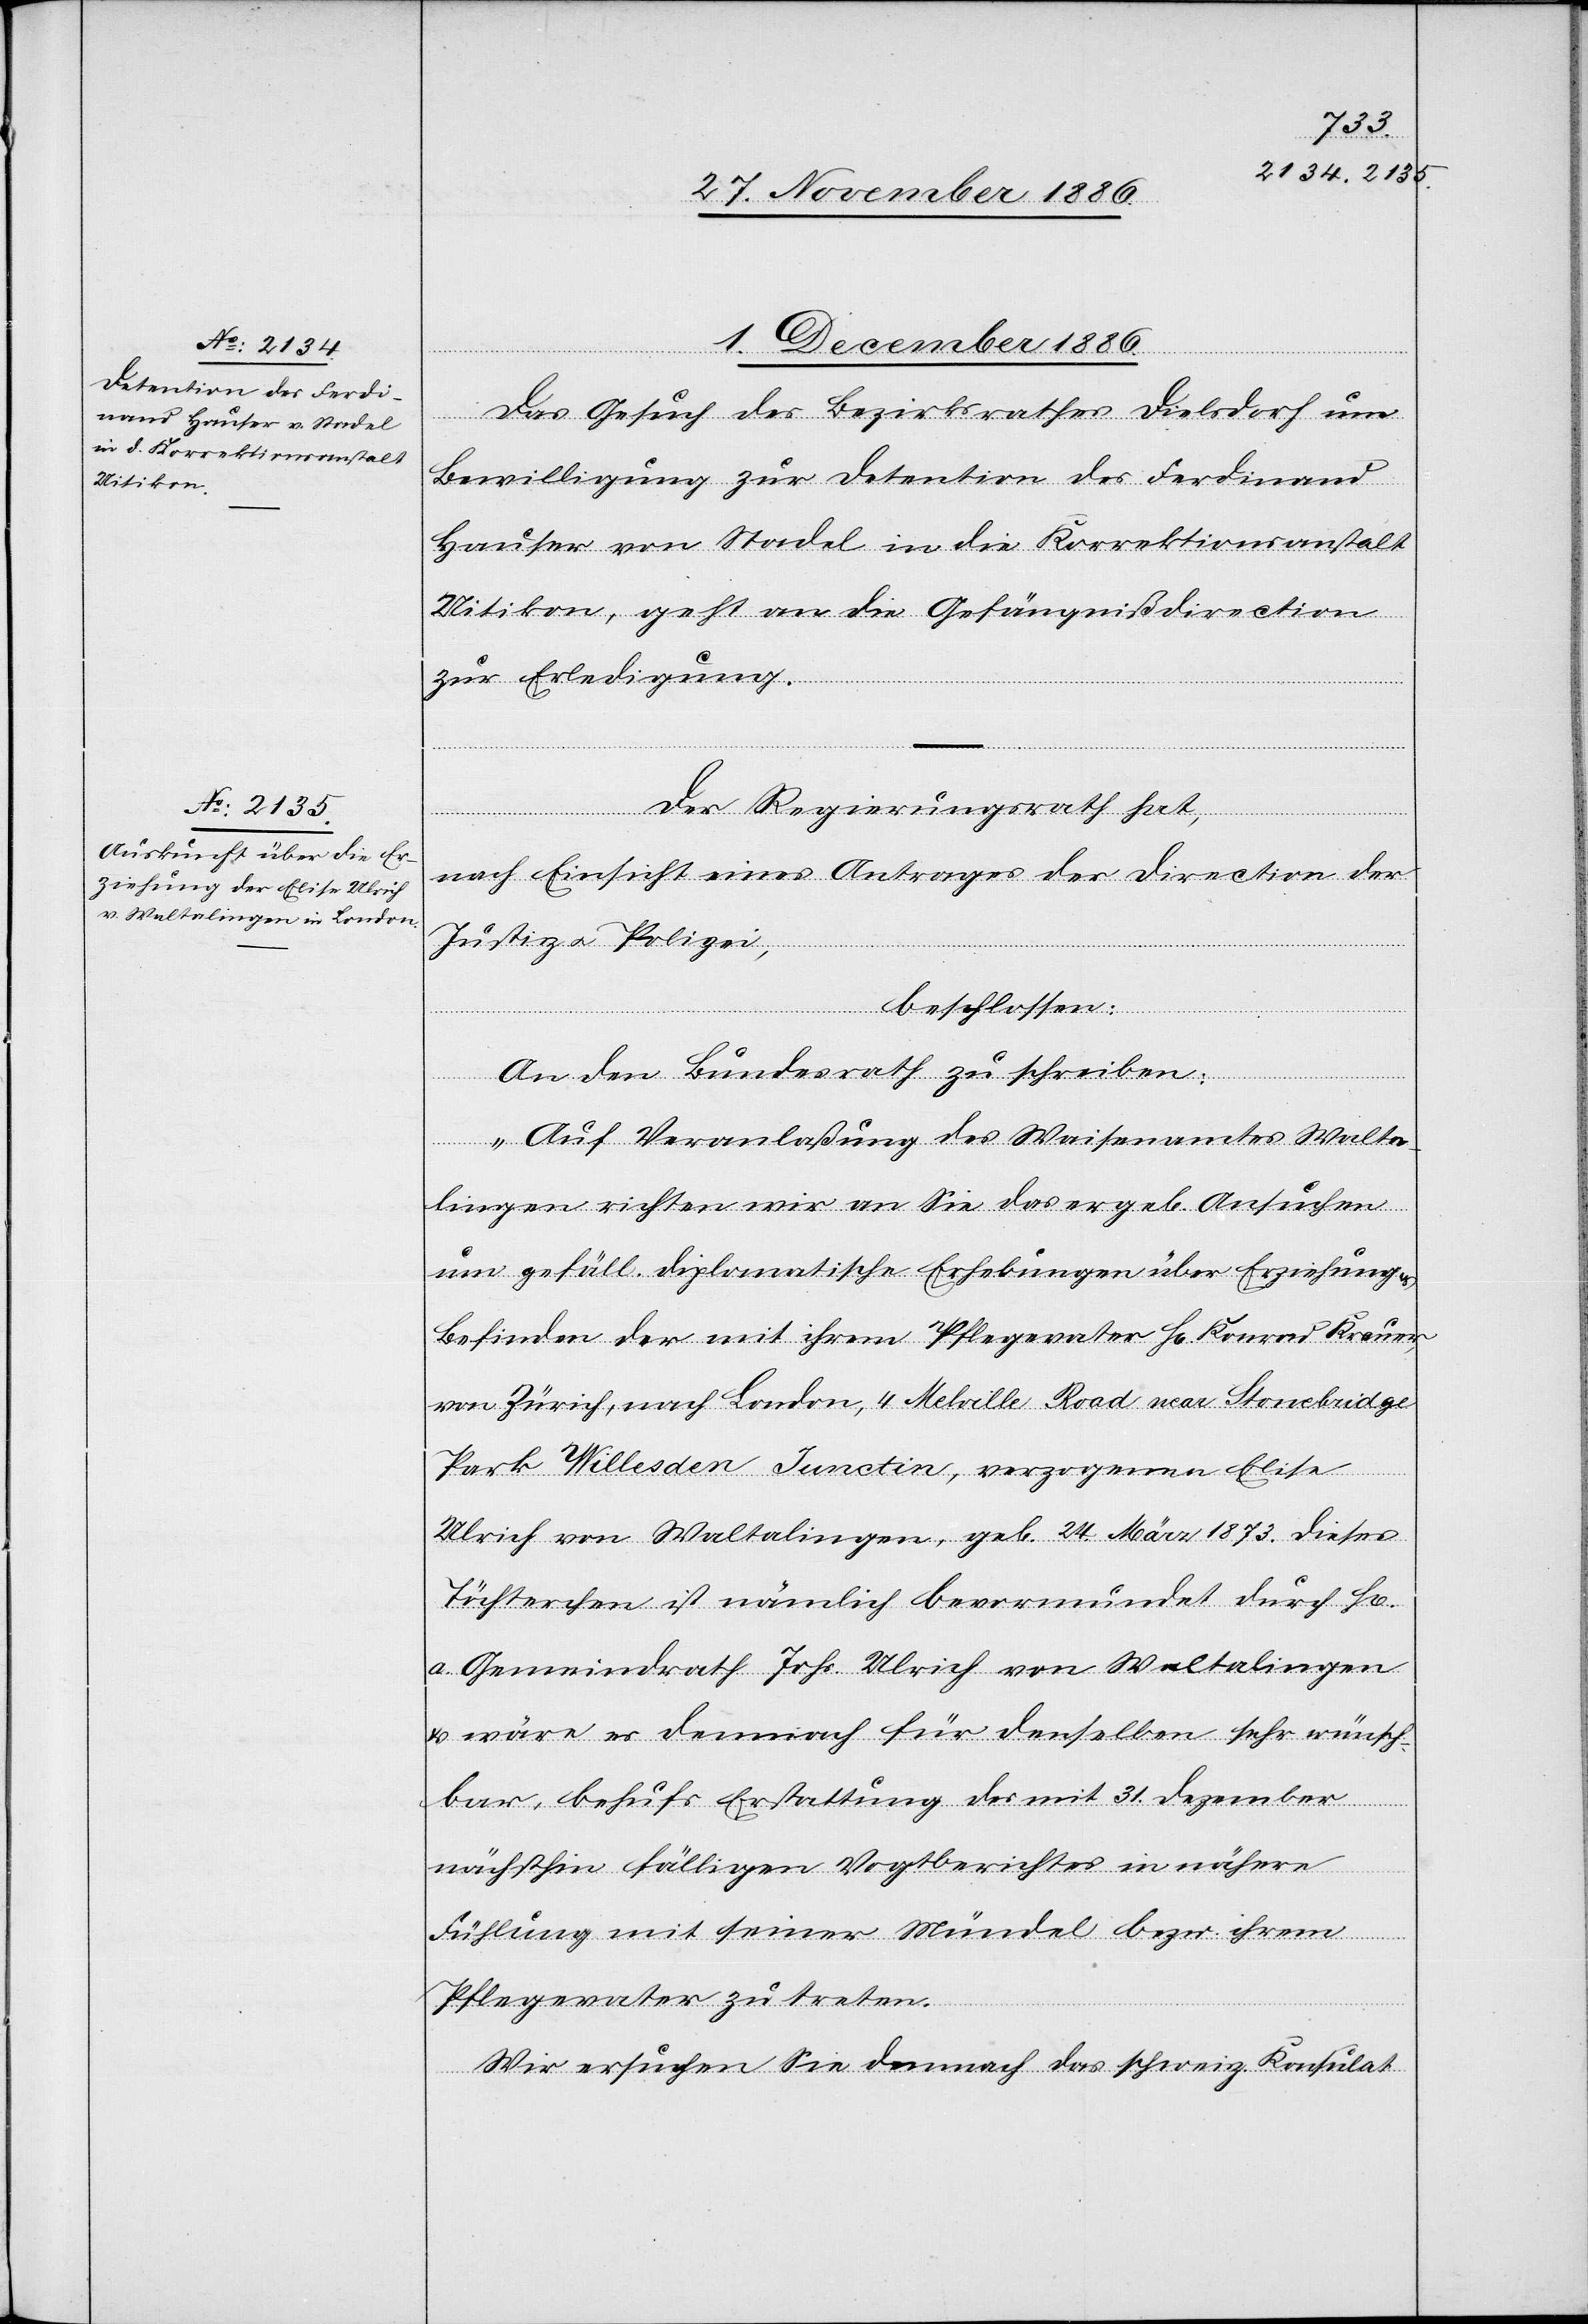
1. December 1886.]
Das Gesuch des Bezirksrathes Dielsdorf um
Bewilligung zur Detention des Ferdinand
Hauser von Stadel in die Korrektionsanstalt
Uitikon, geht an die Gefängnißdirection
zur Erledigung.
Der Regierungsrath hat,
nach Einsicht eines Antrages der Direction der
Justiz & Polizei,
beschlossen:
An den Bundesrath zu schreiben:
rrn]
„Auf Veranlaßung des Waisenamtes Walta¬
lingen richten wir an Sie das ergeb. Ansuchen
um gefäll. diplomatische Erhebungen über Erziehung
Befinden der mit ihrem Pflegevater H[errn] Konrad Krauer,
von Zürich, nach London, 4 Melville Road near Stonebridge
Park Willesden Junctin, verzogenen Elise
Ulrich von Waltalingen, geb. 24. März 1873. Dieses
Töchterchen ist nämlich bevormundet durch H[e¬
a. Gemeindrath Johs. Ulrich von Waltalingen
& wäre es demnach für denselben sehr wünsch¬
bar, behufs Erstattung des mit 31. Dezember
nächsthin fälligen Vogtberichtes in nähere
Fühlung mit seiner Mündel bezw. ihrem
Pflegevater zu treten.
Wir ersuchen Sie demnach das schweiz. Konsulat